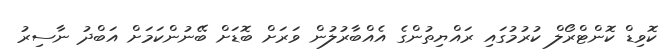
ކޮވިޑް ކޮންޓްރޯލް ކުރުމުގައި ރައްޔިތުންގެ އެއްބާރުލުން ވަރަށް ބޮޑަށް ބޭނުންކަމަށް އަބްދު ނާސިރު